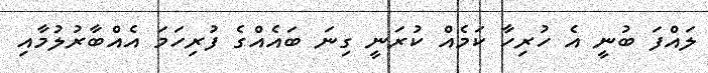
ލައްފަ ބުނީ އެ ހުރިހާ ކަމެއް ކުރަނީ ގިނަ ބައެއްގެ ފުރިހަމަ އެއްބާރުލުމާއި